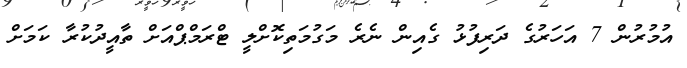
އުމުރުން 7 އަހަރުގެ ދަރިފުޅު ގެއިން ނެރެ މަގުމަތިކޮށްލީ ޓްރަމްޕްއަށް ތާއީދުކުރާ ކަމަށް